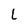
Character: L